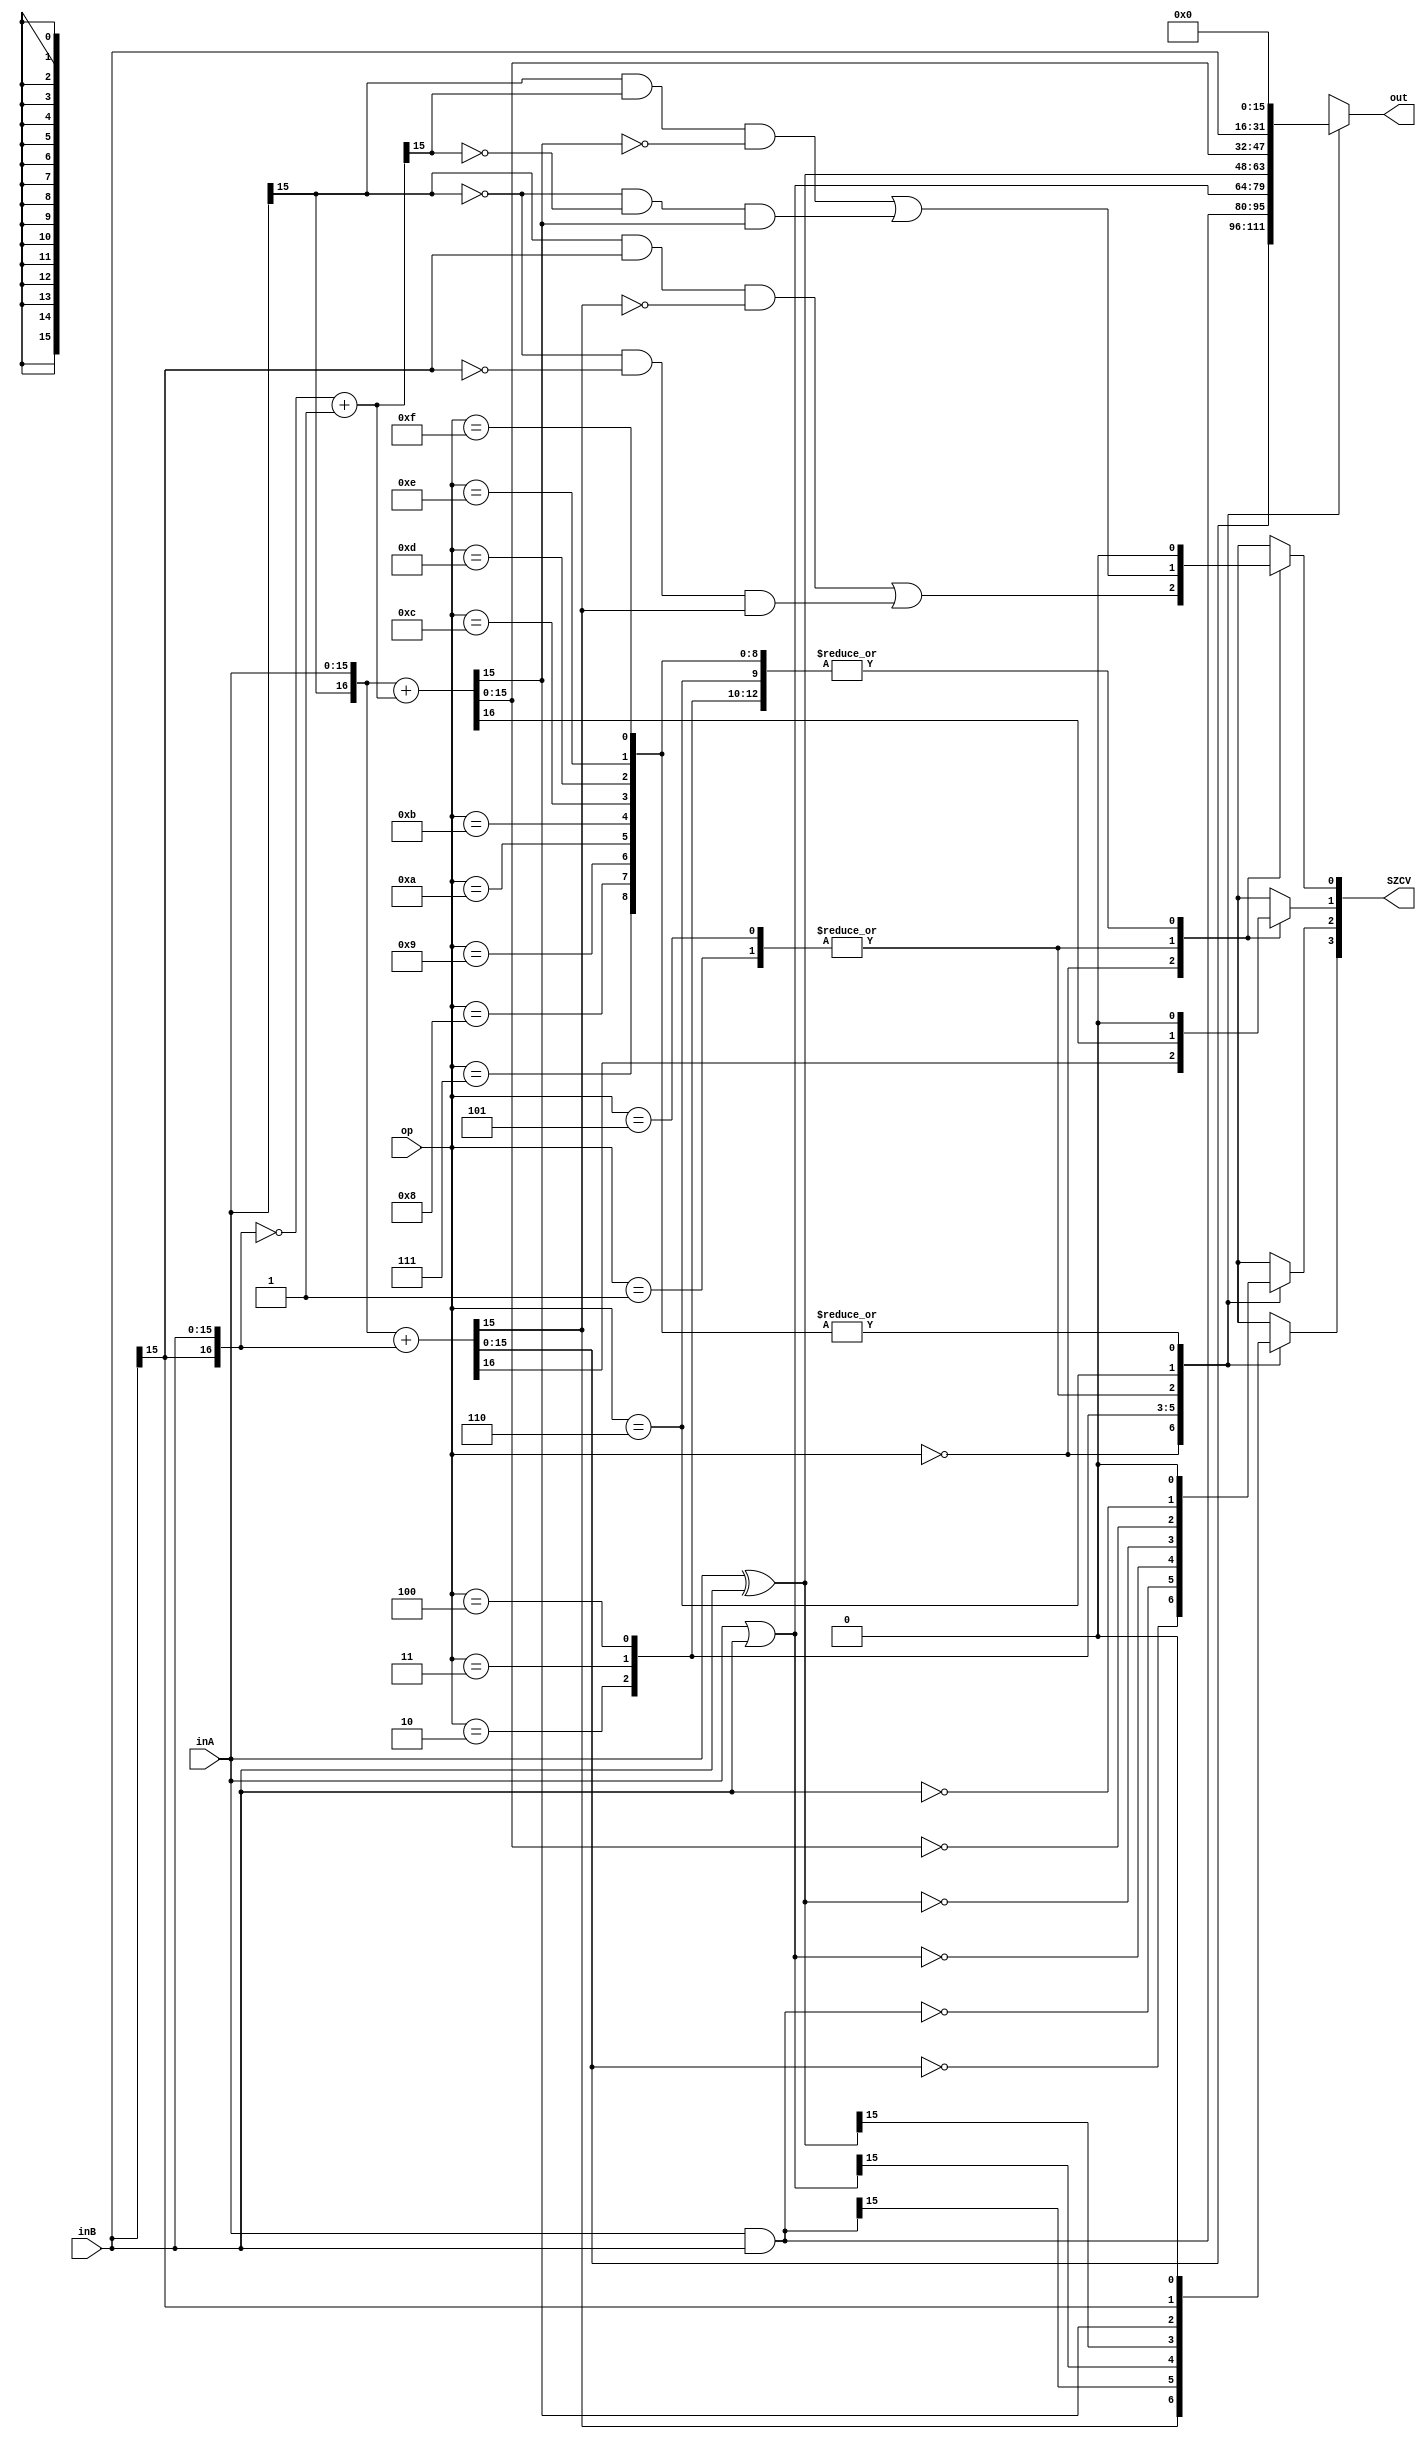
module alu(input [15:0] inA,inB,
        	input [3:0] op,
        	output [15:0] out, 
			output [3:0] SZCV);
		wire [16:0] signExtendedInA;
    	wire [16:0] signExtendedInB;
		wire [16:0] negativeInB;
	   
	    assign signExtendedInA = {inA [15], inA};
        assign signExtendedInB = {inB [15], inB};
		assign negativeInB = ((~signExtendedInB) + 17'b0_0000_0000_0000_0001);
		
		assign {SZCV,out} = OUT(signExtendedInA,signExtendedInB,op,negativeInB);

		function [19:0] OUT;//OUT={S,Z,C,V,out}
		   input [16:0] IN_A;
		   input [16:0] IN_B;
		   input [3:0] OP;
		   input [16:0] NEGATIVE_IN_B;

		   begin
			case (OP)
				4'b0000:begin//ADD
						{OUT[17],OUT[15:0]} = IN_A + IN_B;
				      OUT[16] = (IN_A[15]&IN_B[15]&~OUT[15])|(~IN_A[15]&~IN_B[15]&OUT[15]);//V
						OUT[18] = (OUT[15:0] == 0);//Z
						OUT[19] = OUT[15];//S
						end
				4'b0001:begin//SUB
						{OUT[17],OUT[15:0]} = IN_A + NEGATIVE_IN_B;
					   OUT[16] = (IN_A[15]&NEGATIVE_IN_B[15]&~OUT[15])|(~IN_A[15]&~NEGATIVE_IN_B[15]&OUT[15]);//V
						OUT[18] = (OUT[15:0] == 0);//Z
						OUT[19] = OUT[15];//S
						end
				4'b0010:begin//AND
						OUT[15:0] = IN_A [15:0] & IN_B[15:0];
						OUT[16] = 1'b0;
						OUT[17] = 1'b0;
						OUT[18] = (OUT[15:0] == 0);//Z
						OUT[19] = OUT[15];//S
						end
				4'b0011:begin//OR
						OUT[15:0] = IN_A [15:0] | IN_B[15:0];
						OUT[16] = 1'b0;
						OUT[17] = 1'b0;
						OUT[18] = (OUT[15:0] == 0);//Z
						OUT[19] = OUT[15];//S
						end
				4'b0100:begin//XOR
						OUT[15:0] = IN_A [15:0] ^ IN_B[15:0];
						OUT[16] = 1'b0;
						OUT[17] = 1'b0;
						OUT[18] = (OUT[15:0] == 0);//Z
						OUT[19] = OUT[15];//S
						end
				4'b0101:begin//CMP
						{OUT[17],OUT[15:0]} = IN_A + NEGATIVE_IN_B;
						OUT[16] = (IN_A[15]&NEGATIVE_IN_B[15]&~OUT[15])|(~IN_A[15]&~NEGATIVE_IN_B[15]&OUT[15]);
				 		OUT[18] = (OUT[15:0] == 0);//Z
						OUT[19] = OUT[15];//S       
						end
				4'b0110:begin//MOV
						OUT[15:0] = IN_B [15:0];
						OUT[16] = 1'b0;
						OUT[17] = 1'b0;
						OUT[18] = (OUT[15:0] == 0);//Z
						OUT[19] = OUT[15];//S
						end
				4'b0111:begin//(reserved)
						OUT[15:0] = 16'b0000_0000_0000_0000;
						OUT[16] = 1'b0;
						OUT[17] = 1'b0;
						OUT[18] = 1'b0;
						OUT[19] = 1'b0;
						end
				4'b1000:begin//SLL
						OUT[15:0] = 16'b0000_0000_0000_0000;
						OUT[16] = 1'b0;
						OUT[17] = 1'b0;
						OUT[18] = 1'b0;
						OUT[19] = 1'b0;
						end
				4'b1001:begin//SLR
						OUT[15:0] = 16'b0000_0000_0000_0000;
						OUT[16] = 1'b0;
						OUT[17] = 1'b0;
						OUT[18] = 1'b0;
						OUT[19] = 1'b0;
						end
				4'b1010:begin//SRL
						OUT[15:0] = 16'b0000_0000_0000_0000;
						OUT[16] = 1'b0;
						OUT[17] = 1'b0;
						OUT[18] = 1'b0;
						OUT[19] = 1'b0;
						end
				4'b1011:begin//SRA
						OUT[15:0] = 16'b0000_0000_0000_0000;
						OUT[16] = 1'b0;
						OUT[17] = 1'b0;
						OUT[18] = 1'b0;
						OUT[19] = 1'b0;
						end
				4'b1100:begin//IN
						OUT[15:0] = 16'b0000_0000_0000_0000;
						OUT[16] = 1'b0;
						OUT[17] = 1'b0;
						OUT[18] = 1'b0;
						OUT[19] = 1'b0;
						end
				4'b1101:begin//OUT
						OUT[15:0] = 16'b0000_0000_0000_0000;
						OUT[16] = 1'b0;
						OUT[17] = 1'b0;
						OUT[18] = 1'b0;
						OUT[19] = 1'b0;
						end
				4'b1110:begin//(reserved)
						OUT[15:0] = 16'b0000_0000_0000_0000;
						OUT[16] = 1'b0;
						OUT[17] = 1'b0;
						OUT[18] = 1'b0;
						OUT[19] = 1'b0;
						end
				4'b1111:begin//halt()
						OUT[15:0] = 16'b0000_0000_0000_0000;
						OUT[16] = 1'b0;
						OUT[17] = 1'b0;
						OUT[18] = 1'b0;
						OUT[19] = 1'b0;
						end
				endcase
			end
		endfunction
endmodule